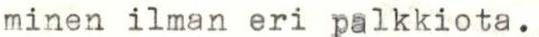
minen ilman eri palkkiota.